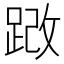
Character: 𫏍